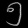
Digit: ၅